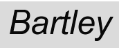
Bartley